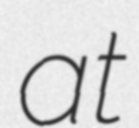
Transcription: at